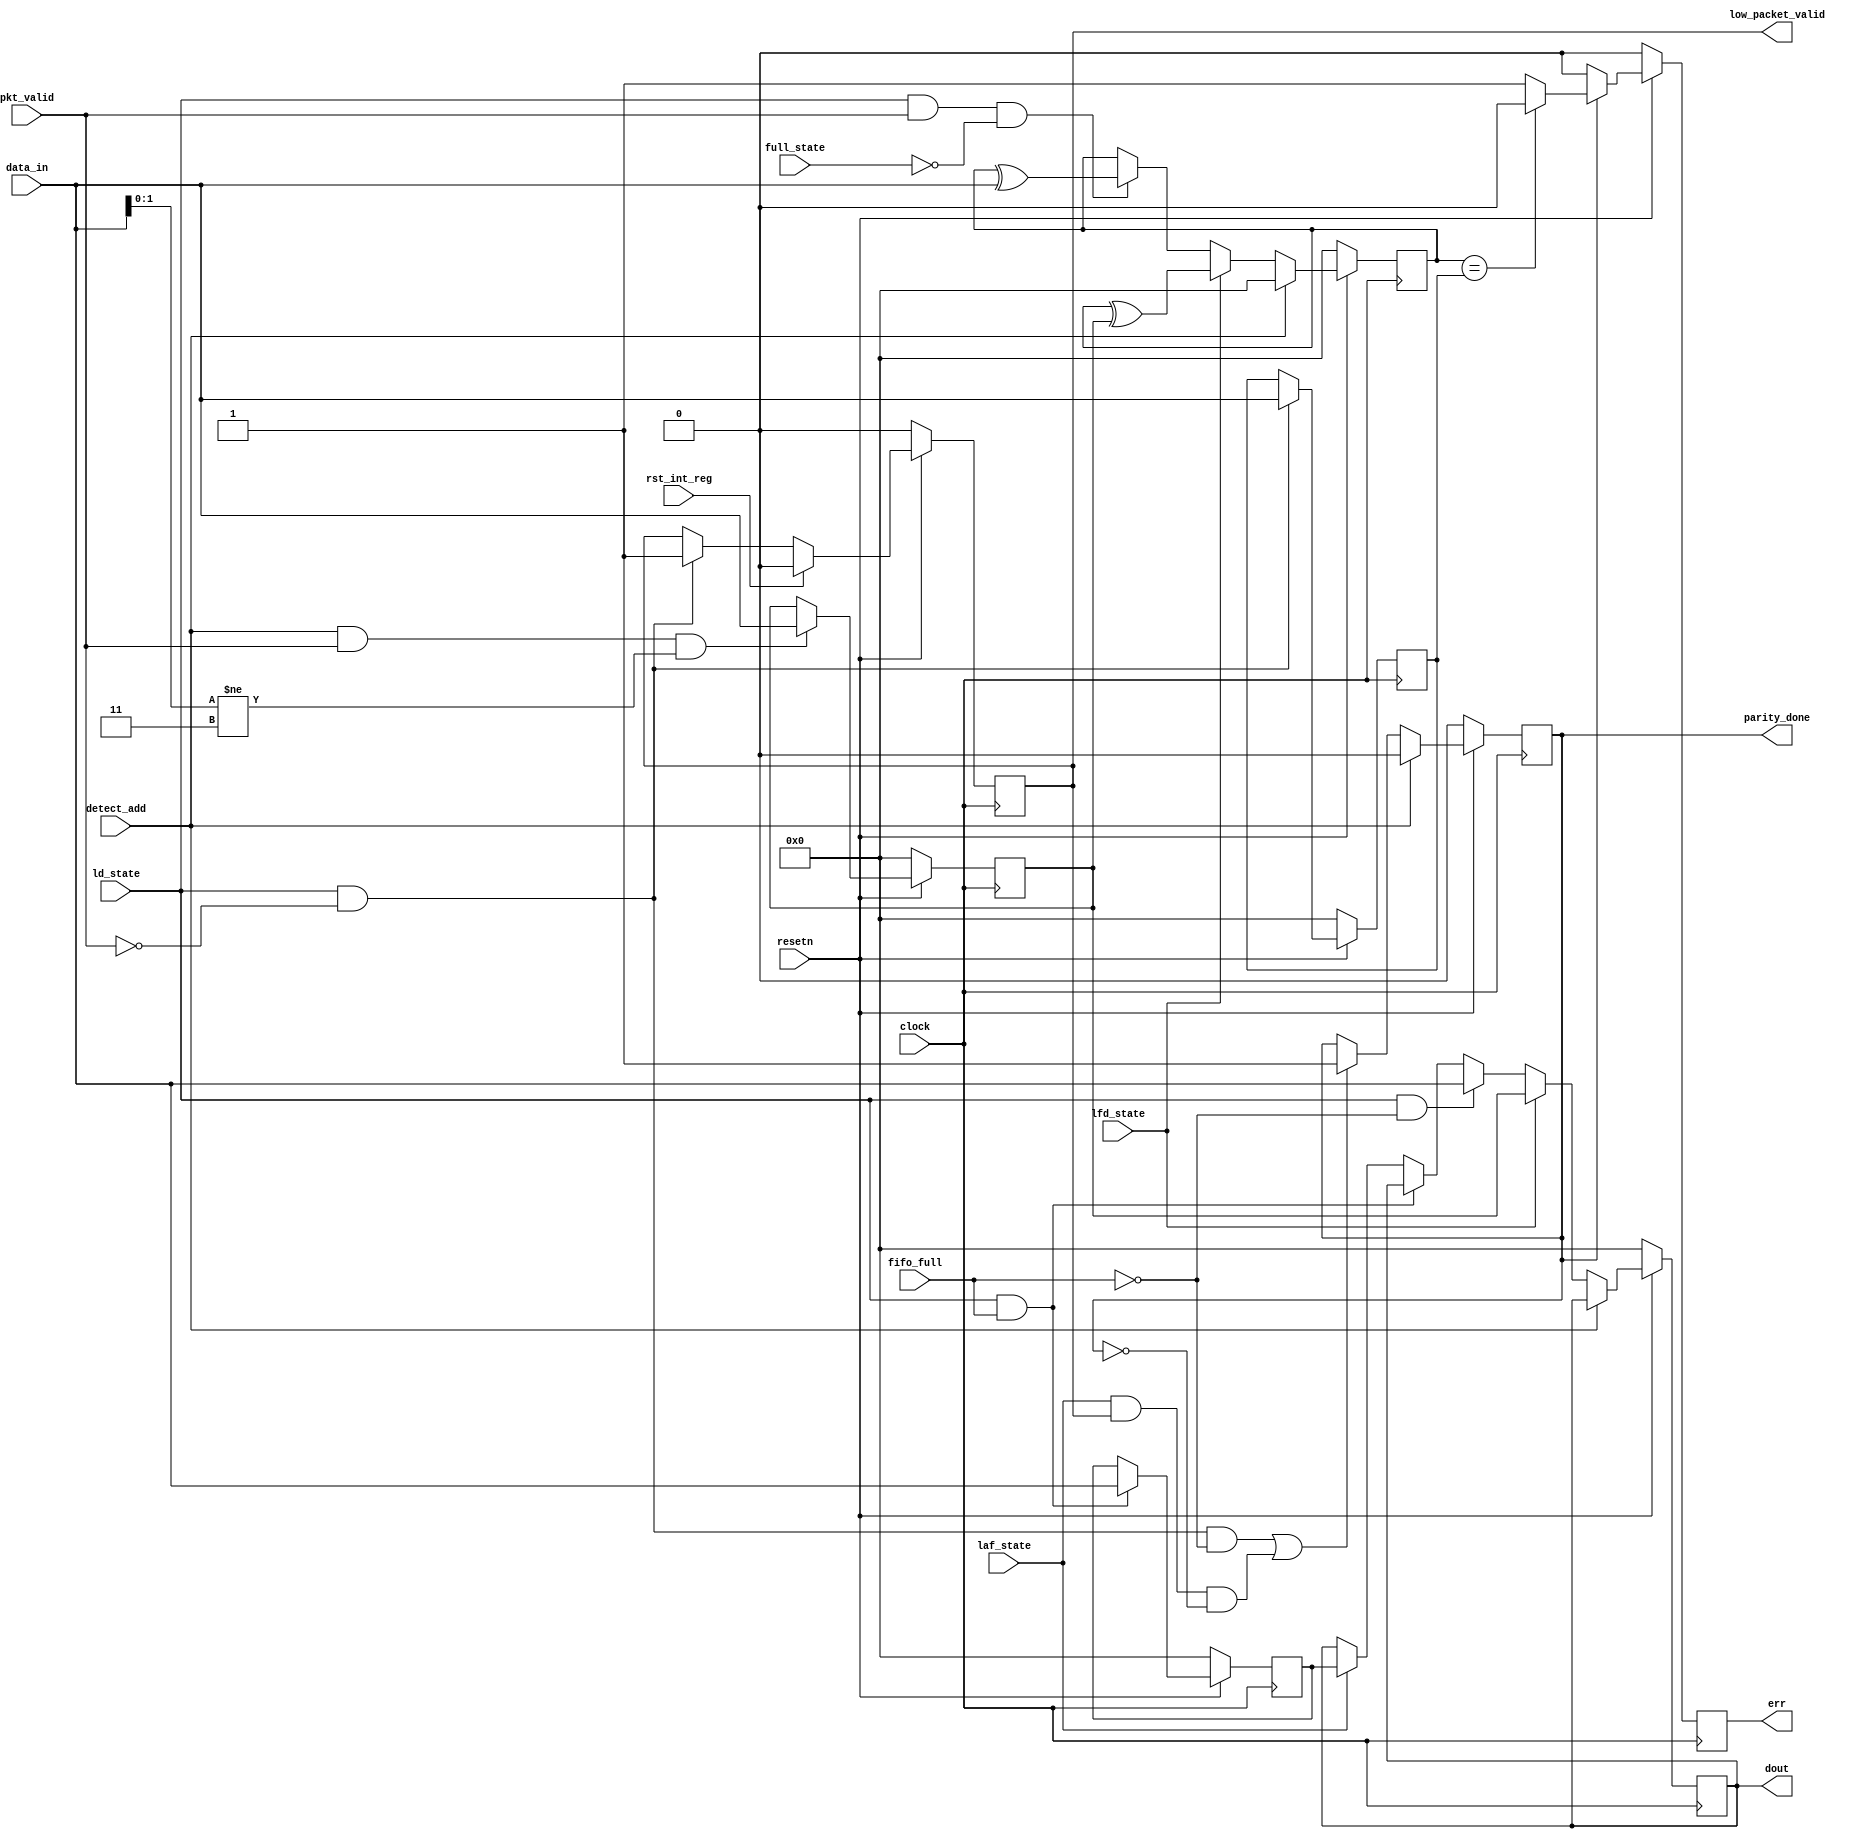

module register(clock,resetn,pkt_valid,data_in,fifo_full,detect_add,ld_state,laf_state,full_state,lfd_state,rst_int_reg,err,parity_done,low_packet_valid,dout);

input [7:0]data_in;
input clock,resetn,pkt_valid,fifo_full,detect_add,ld_state,laf_state,full_state,lfd_state,rst_int_reg;

output reg[7:0]dout;
output reg err,parity_done,low_packet_valid;

reg [7:0] full_state_byte,internal_parity,header,packet_parity;

//dout
always@(posedge clock)
begin
  if(!resetn)
  dout<=0;
  else
  begin
   if(~(detect_add))
         begin
           if(~(lfd_state))
             begin
               if(~(ld_state && ~fifo_full))
                  begin
                     if(~(ld_state && fifo_full))
                        begin
                          if(~(laf_state))
                            dout<=dout;
                          else
                            dout<=full_state_byte;
                        end
                       else
                         dout<=dout;
                   end
                 else
                   dout<=data_in;
             end
           else
              dout<=header;
         end
       else
          dout<=dout;
  end
end

//fifo_full_byte
always@(posedge clock)
begin
  if(!resetn)
    full_state_byte<=0;
  else
  begin
     if(ld_state && fifo_full)
          full_state_byte<=data_in;
      else
         full_state_byte<=full_state_byte;
  end
end

//Header
always@(posedge clock)
begin
  if(!resetn)
    header<=0;
  else
  begin
    if(detect_add && pkt_valid && (data_in[1:0]!=3))
        header<=data_in;
    else
        header<=header;
  end
end

//parity
always@(posedge clock)
begin
  if(!resetn)
     internal_parity<=0;
  else
  begin
  if(detect_add)
      internal_parity<=0;
  else if(lfd_state)
      internal_parity<= internal_parity ^ header ;
  else
    if(ld_state && pkt_valid && ~full_state)
        internal_parity<= internal_parity ^data_in;
  //else
  //      internal_parity<=internal_parity;
  end
end

//low_packet_valid
always@(posedge clock)
begin
  if(!resetn)
    low_packet_valid<=0;
  else
  begin
    if(rst_int_reg)
        low_packet_valid<=1'b0;
    else if(ld_state && ~(pkt_valid))
        low_packet_valid<=1'b1;
    else
        low_packet_valid <= low_packet_valid;
  end
end


//paritydone
always@(posedge clock)
begin
  if(!resetn)
    parity_done<=0;
  else
  begin
    if(detect_add)
    parity_done <= 0;
    else if( (ld_state && ~(pkt_valid) && ~fifo_full) || (laf_state && (low_packet_valid) && ~parity_done))
          parity_done<=1'b1;
    else
          parity_done<=parity_done;
  end
end

//packet parity
always@(posedge clock)
begin
  if(!resetn)
    packet_parity<=0;
  else if(ld_state && ~pkt_valid)
    packet_parity<=data_in;
  else
    packet_parity<=packet_parity;
end

//error
always@(posedge clock)
begin
  if(~resetn)
    err <= 0;
  else
    begin
      if(parity_done)
      begin
        if(internal_parity==packet_parity)
         err<=1'b0;
        else
          err<=1'b1;
      end
      else
        err<=1'b0;
    end
end


endmodule